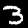
Label: 3